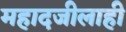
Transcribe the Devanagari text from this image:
महादजीलाही